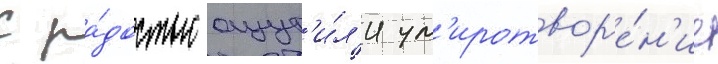
с ра́достью ощут'и́л'и ум'иротвор'е́н'ие